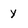
Character: y